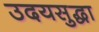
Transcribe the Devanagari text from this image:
उदयसुद्धा